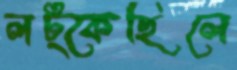
লট্‌কেছিলে